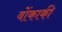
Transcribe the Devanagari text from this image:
वोंकाकी